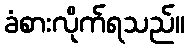
ခံစားလိုက်ရသည်။